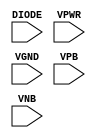
module sky130_fd_sc_hdll__diode (
    DIODE,
    VPWR ,
    VGND ,
    VPB  ,
    VNB
);

    input DIODE;
    input VPWR ;
    input VGND ;
    input VPB  ;
    input VNB  ;
endmodule